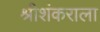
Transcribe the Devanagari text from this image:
श्रीशंकराला